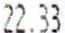
22.33